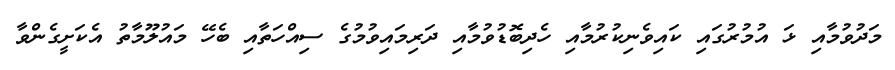
މަދުވުމާއި ޅަ އުމުރުގައި ކައިވެނިކުރުމާއި ހެދިބޮޑުވުމާއި ދަރިމައިވުމުގެ ސިއްހަތާއި ބެހޭ މައުލޫމާތު އެކަށީގެންވާ